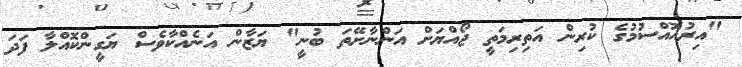
"އިރުއޮއްސުމުގެ ކުރިން އަތިރިމަތީ ޖޯއްޔަށް އަންނާށޭތަ ބުނީ" ޔަޒާން އަނެއްކާވެސް ޔަގީންކޮއްލާ ފަދަ